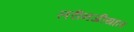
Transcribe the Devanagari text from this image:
लरीनजीयाल